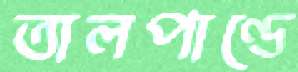
তালপাণ্ডে